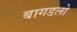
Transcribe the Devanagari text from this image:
बागडलो